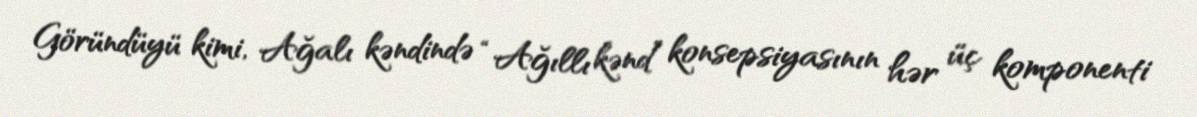
Göründüyü kimi, Ağalı kəndində “Ağıllı kənd” konsepsiyasının hər üç komponenti